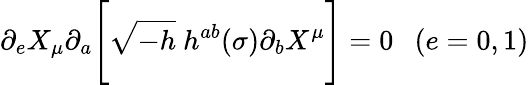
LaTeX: \partial_{e}X_{\mu}\partial_{a}\Biggl[\sqrt{-h}~h^{ab}(\sigma)\partial_{b}X^{\mu}\Biggr]=0~~~(e=0,1)